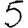
Digit: 5